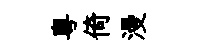
粤倚漫